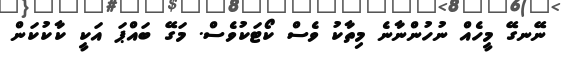
ނޭނގޭ މީހެއް ނުހުންނާނެ މިތާކު ވެސް ކޯޓަކުވެސް. މަގޭ ބައްޕަ އަކީ ކާކުކަން